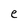
Character: e